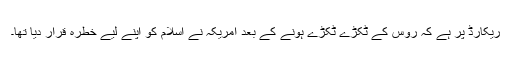
ریکارڈ پر ہے کہ روس کے ٹکڑے ٹکڑے ہونے کے بعد امریکہ نے اسلام کو اپنے لیے خطرہ قرار دیا تھا۔